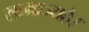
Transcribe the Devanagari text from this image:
साम्राज्यहै।